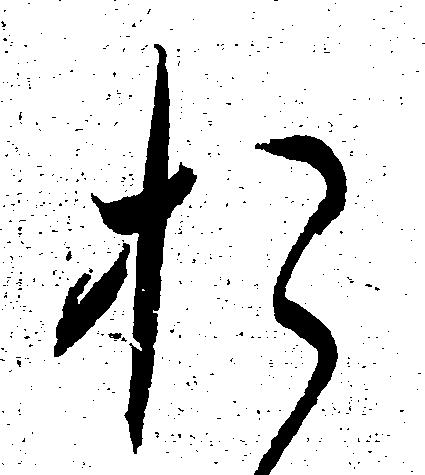
お